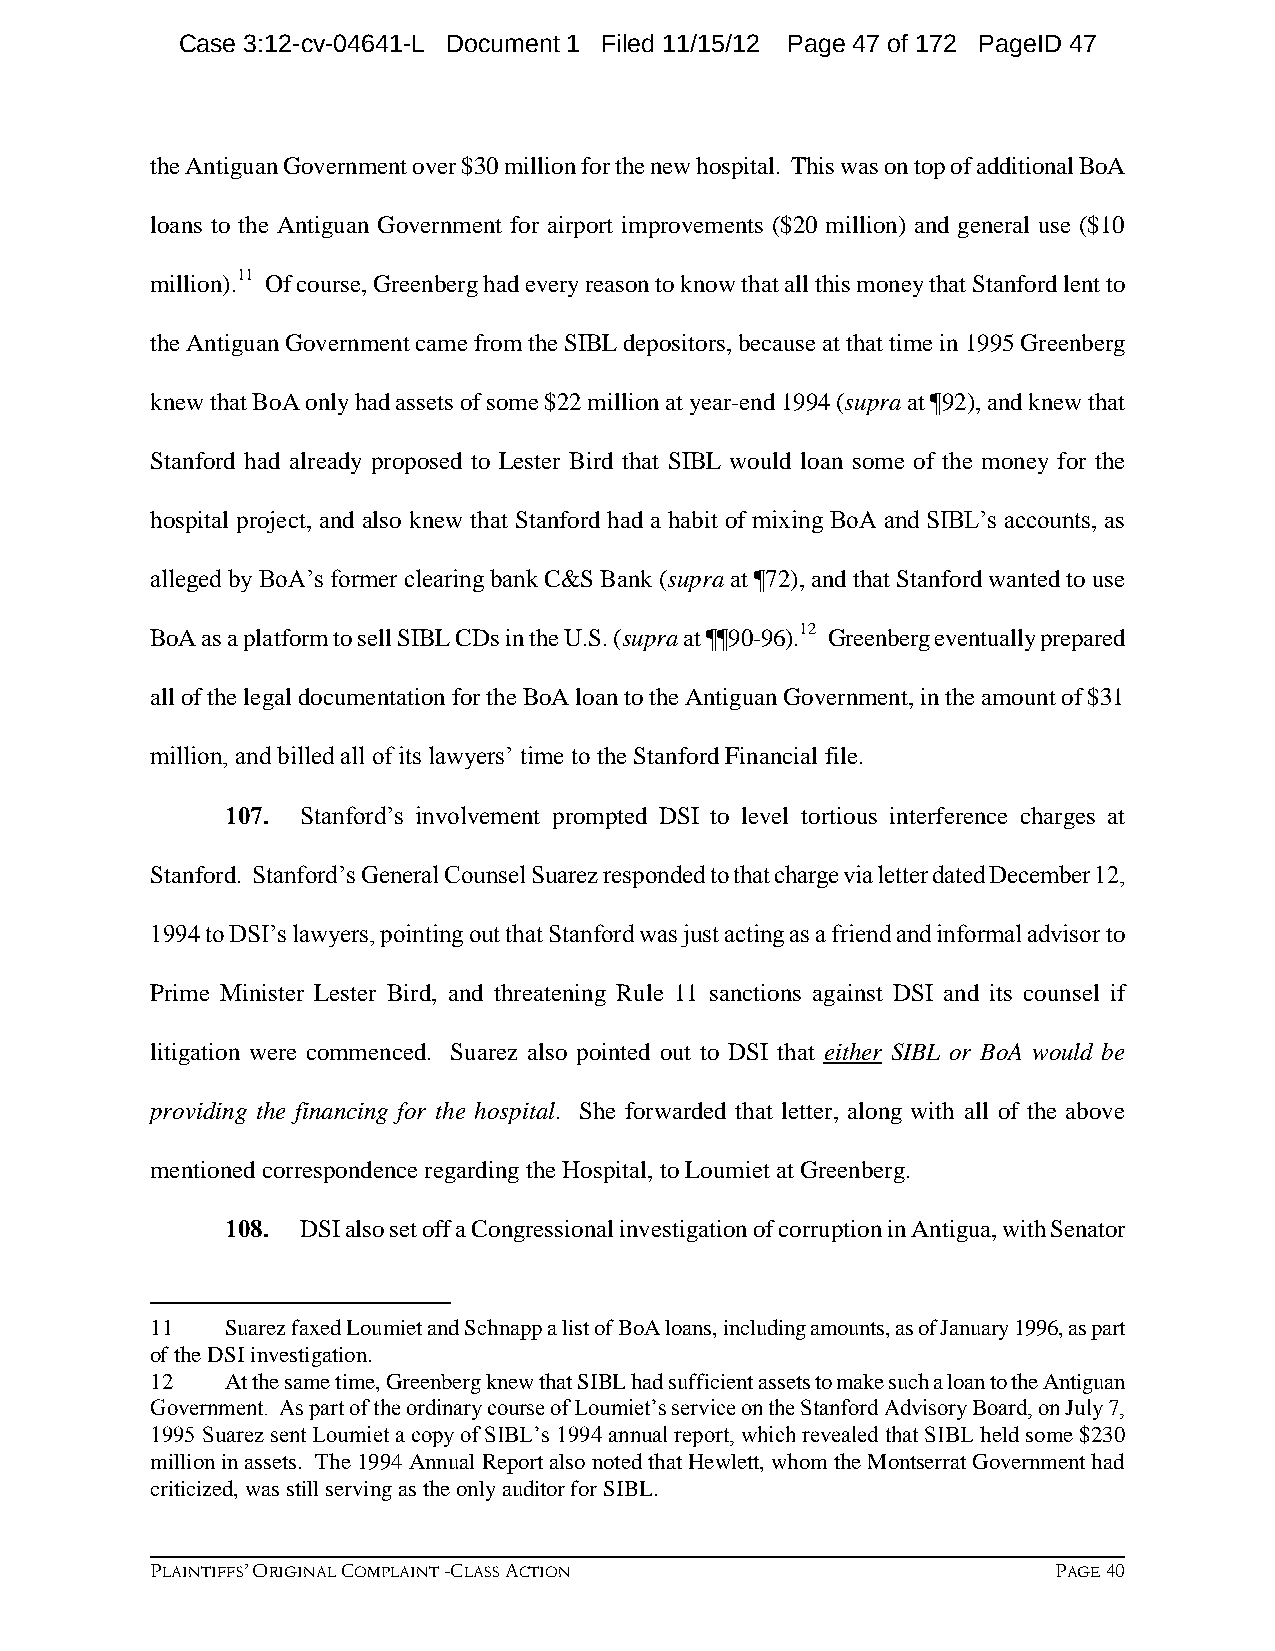
Case 3:12-cv-04641-L Document 1 Filed 11/15/12 Page 47 of 172 PageID 47
 the Antiguan Government over $30 million for the new hospital. This was on top of additional BoA
 loans to the Antiguan Government for airport improvements ($20 million) and general use ($10
 million).11 Of course, Greenberg had every reason to know that all this money that Stanford lent to
 the Antiguan Government came from the SIBL depositors, because at that time in 1995 Greenberg
 knew that BoA only had assets of some $22 million at year-end 1994 (supra at ¶92), and knew that
 Stanford had already proposed to Lester Bird that SIBL would loan some of the money for the
 hospital project, and also knew that Stanford had a habit of mixing BoA and SIBL’s accounts, as
 alleged by BoA’s former clearing bank C&S Bank (supra at ¶72), and that Stanford wanted to use
 BoA as a platform to sell SIBL CDs in the U.S. (supra at ¶¶90-96).12 Greenberg eventually prepared
 all of the legal documentation for the BoA loan to the Antiguan Government, in the amount of $31
 million, and billed all of its lawyers’ time to the Stanford Financial file.
 107. Stanford’s involvement prompted DSI to level tortious interference charges at
 Stanford. Stanford’s General Counsel Suarez responded to that charge via letter dated December 12,
 1994 to DSI’s lawyers, pointing out that Stanford was just acting as a friend and informal advisor to
 Prime Minister Lester Bird, and threatening Rule 11 sanctions against DSI and its counsel if
 litigation were commenced. Suarez also pointed out to DSI that either SIBL or BoA would be
 providing the financing for the hospital. She forwarded that letter, along with all of the above
 mentioned correspondence regarding the Hospital, to Loumiet at Greenberg.
 108. DSI also set off a Congressional investigation of corruption in Antigua, with Senator
 11   Suarez faxed Loumiet and Schnapp a list of BoA loans, including amounts, as of January 1996, as part
 of the DSI investigation.
 12   At the same time, Greenberg knew that SIBL had sufficient assets to make such a loan to the Antiguan
 Government. As part of the ordinary course of Loumiet’s service on the Stanford Advisory Board, on July 7,
 1995 Suarez sent Loumiet a copy of SIBL’s 1994 annual report, which revealed that SIBL held some $230
 million in assets. The 1994 Annual Report also noted that Hewlett, whom the Montserrat Government had
 criticized, was still serving as the only auditor for SIBL.
 PLAINTIFFS’ ORIGINAL COMPLAINT -CLASS ACTION                PAGE 40